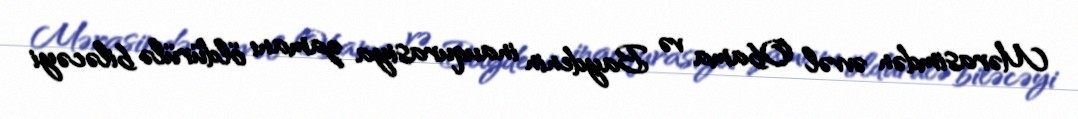
Mərasimdən əvvəl Obama və Baydenin inauqurasiya zamanı öldürülə biləcəyi